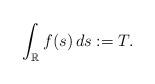
LaTeX: \begin{align*} \int_{\mathbb{R}} f(s)\,ds := T. \end{align*}